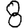
Digit: 8